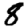
Digit: 8